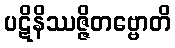
ပဋိနိဿဇ္ဇိတဗ္ဗောတိ